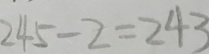
2 4 5 - 2 = 2 4 3